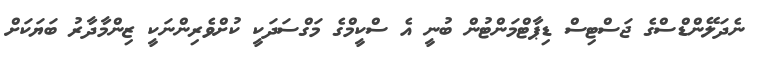
ނެދަލޭންޑްސްގެ ޖަސްޓިސް ޑިޕާޓްމަންޓުން ބުނީ އެ ސްކީމްގެ މަގްސަދަކީ ކުށްވެރިންނަކީ ޒިންމާދާރު ބަޔަކަށް